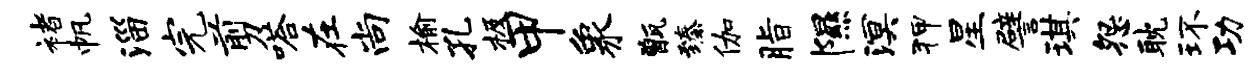
褚帆淄完剪嗒在尚榆孔极甲象甑臻伽脂隰溟狎星譬琪怨耽环功